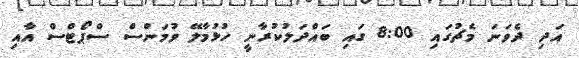
އަދި ދެވަނަ މެޗުގައި 8:00 ގައި ބައްދަލުކުރާނީ ހުޅުމާލޭ ވުމަންސް ސްޕޯޓްސް އާއި